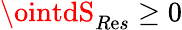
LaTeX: \ointdS_{R\mathrm{e}s}\geq0